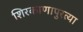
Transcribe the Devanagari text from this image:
शिरकाणापुरत्या